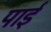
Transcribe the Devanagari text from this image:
पार्इ